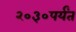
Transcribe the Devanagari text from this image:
२०३०पर्यंत